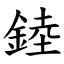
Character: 錴